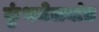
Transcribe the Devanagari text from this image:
कुंभमेळ्यांत